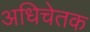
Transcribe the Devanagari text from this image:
अधिचेतक